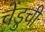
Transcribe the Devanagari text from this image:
चेंडुची